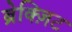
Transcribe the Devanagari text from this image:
ब्रेक्ज़िट